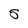
Character: 5